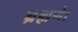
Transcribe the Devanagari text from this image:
ब्रह्मणे।